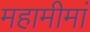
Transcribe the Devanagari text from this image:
महामीमां